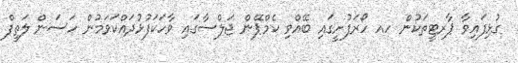
ގުޅިފައިވާ ޕާރޓީތަކުން ހއ ހޯރަފުށީގައި ބޭއްވި ކެމްޕޭން ޖަލްސާގައި ވާހަކަފުޅުދައްކަވަމުން ހަސަން ލަތީފް